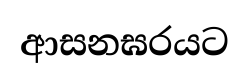
ආසනඝරයට